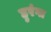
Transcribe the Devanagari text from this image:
हुरंगा